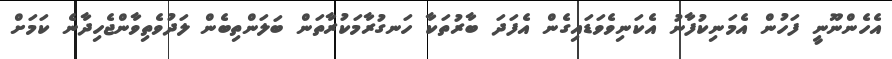
އެހެންނޫނީ ފަހުން އެމަނިކުފާނު އެކަނިވެވަޑައިގެން އެފަދަ ބާރުތަކާ ހަނގުރާމަކުރާތަން ބަލަންތިބެން ލަދުވެތިވާންޖެހިދާނެ ކަމަށް